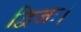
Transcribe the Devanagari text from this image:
द्विजः।